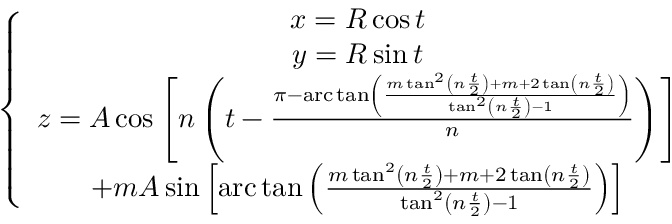
\left\{ \begin{array} { c } { x = R \cos t } \\ { y = R \sin t } \\ { z = A \cos \left[ n \left( t - \frac { \pi - \mathrm { a r c } \tan \left( \frac { m \tan ^ { 2 } \left( n \frac { t } { 2 } \right) + m + 2 \tan \left( n \frac { t } { 2 } \right) } { \tan ^ { 2 } \left( n \frac { t } { 2 } \right) - 1 } \right) } { n } \right) \right] } \\ { + m A \sin \left[ \mathrm { a r c } \tan \left( \frac { m \tan ^ { 2 } \left( n \frac { t } { 2 } \right) + m + 2 \tan \left( n \frac { t } { 2 } \right) } { \tan ^ { 2 } \left( n \frac { t } { 2 } \right) - 1 } \right) \right] } \end{array} \right.